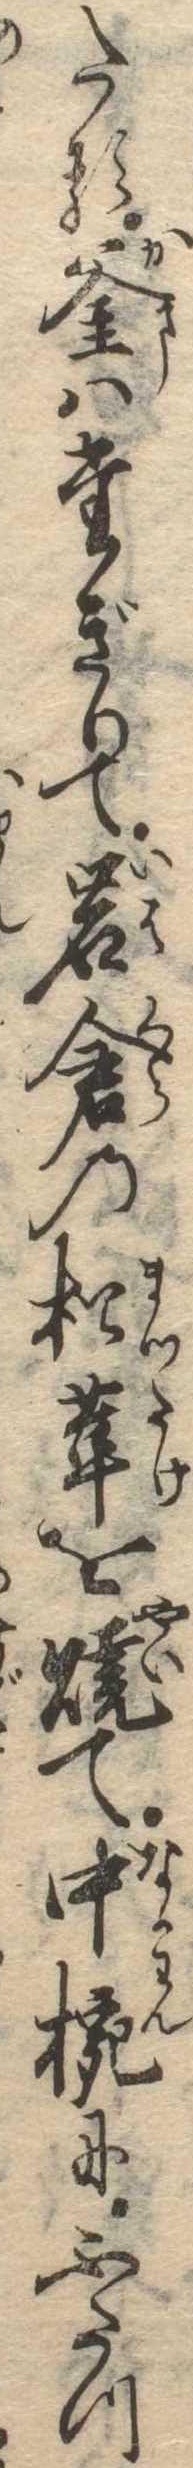
たる釜はたぎりて岩倉の松茸を焼て中碗にふたつ